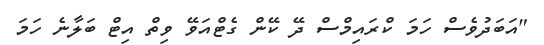
"އަބަދުވެސް ހަމަ ކްރައިމްސް ދޭ ކޭން ގެޓްއަވޭ ވިތް އިޓް ބަލާނެ ހަމަ